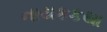
નાયકકથા